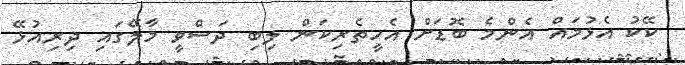
ކޭކު އެޅުމައް އެެންމެ ބޮޑަށް އެހީތެރިކަން ލިބި ދަސްވީ މާލޭގައި ދިރިއުޅޭ